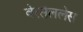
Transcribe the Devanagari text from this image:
वेरसैललेस